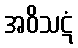
အဝိသဋံ